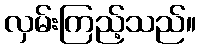
လှမ်းကြည့်သည်။